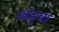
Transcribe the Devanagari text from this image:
खंडूवा